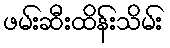
ဖမ်းဆီးထိန်းသိမ်း